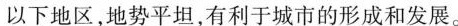
以下地区，地势平坦，有利于城市的形成和发展。